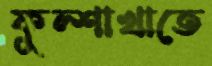
ফুল্শাখাতে